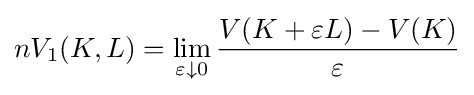
nV_{1}(K,L)=\lim _{\varepsilon \downarrow 0}{\frac {V(K+\varepsilon L)-V(K)}{\varepsilon }}